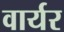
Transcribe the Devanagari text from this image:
वार्यर